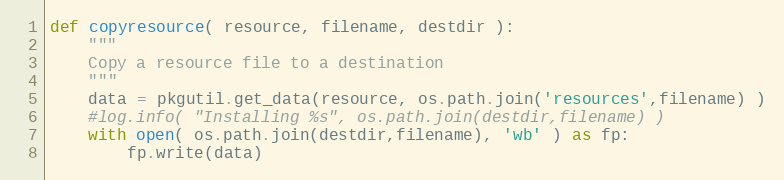
Language: Python
def copyresource( resource, filename, destdir ):
    """
    Copy a resource file to a destination
    """
    data = pkgutil.get_data(resource, os.path.join('resources',filename) )
    #log.info( "Installing %s", os.path.join(destdir,filename) )
    with open( os.path.join(destdir,filename), 'wb' ) as fp:
        fp.write(data)